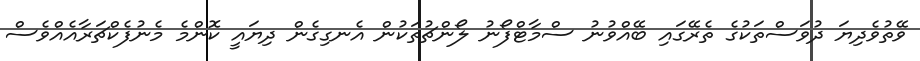
ވޭތުވެދިޔަ ދުވަސްތަކުގެ ތެރޭގައި ބޭއްވުނު ސްމާޓްފޯނު ލޯންޗުތަކުން އެނގިގެން ދިޔައީ ކޮންމެ މެނުފެކްޗަރާއެއްވެސް